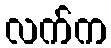
လက်က